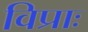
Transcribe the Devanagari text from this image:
विप्राः